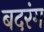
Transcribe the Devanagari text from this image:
बदरंग